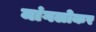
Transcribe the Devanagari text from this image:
मांगलोकर